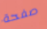
صفحة